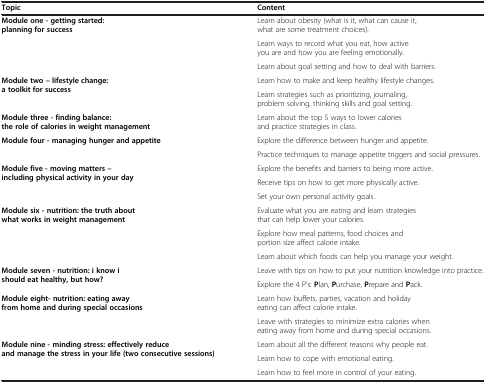
<table><thead><tr><td><b>Topic</b></td><td><b>Content</b></td></tr></thead><tbody><tr><td rowspan="3"><b>Module one - getting started: planning for success</b></td><td>Learn about obesity (what is it, what can cause it, what are some treatment choices).</td></tr><tr><td>Learn ways to record what you eat, how active you are and how you are feeling emotionally.</td></tr><tr><td>Learn about goal setting and how to deal with barriers.</td></tr><tr><td rowspan="2"><b>Module two – lifestyle change: a toolkit for success</b></td><td>Learn how to make and keep healthy lifestyle changes.</td></tr><tr><td>Learn strategies such as prioritizing, journaling, problem solving, thinking skills and goal setting.</td></tr><tr><td><b>Module three - finding balance: the role of calories in weight management</b></td><td>Learn about the top 5 ways to lower calories and practice strategies in class.</td></tr><tr><td rowspan="2"><b>Module four - managing hunger and appetite</b></td><td>Explore the difference between hunger and appetite.</td></tr><tr><td>Practice techniques to manage appetite triggers and social pressures.</td></tr><tr><td rowspan="3"><b>Module five - moving matters – including physical activity in your day</b></td><td>Explore the benefits and barriers to being more active.</td></tr><tr><td>Receive tips on how to get more physically active.</td></tr><tr><td>Set your own personal activity goals.</td></tr><tr><td rowspan="3"><b>Module six - nutrition: the truth about what works in weight management</b></td><td>Evaluate what you are eating and learn strategies that can help lower your calories.</td></tr><tr><td>Explore how meal patterns, food choices and portion size affect calorie intake.</td></tr><tr><td>Learn about which foods can help you manage your weight.</td></tr><tr><td rowspan="2"><b>Module seven - nutrition: i know i should eat healthy, but how?</b></td><td>Leave with tips on how to put your nutrition knowledge into practice.</td></tr><tr><td>Explore the 4 P’s: <b>P</b>lan, <b>P</b>urchase, <b>P</b>repare and <b>P</b>ack.</td></tr><tr><td rowspan="2"><b>Module eight- nutrition: eating away from home and during special occasions</b></td><td>Learn how buffets, parties, vacation and holiday eating can affect calorie intake.</td></tr><tr><td>Leave with strategies to minimize extra calories when eating away from home and during special occasions.</td></tr><tr><td rowspan="3"><b>Module nine - minding stress: effectively reduce and manage the stress in your life (two consecutive sessions)</b></td><td>Learn about all the different reasons why people eat.</td></tr><tr><td>Learn how to cope with emotional eating.</td></tr><tr><td>Learn how to feel more in control of your eating.</td></tr></tbody></table>